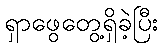
ရှာဖွေတွေ့ရှိခဲ့ပြီး